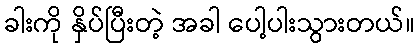
ခါးကို နှိပ်ပြီးတဲ့ အခါ ပေါ့ပါးသွားတယ်။